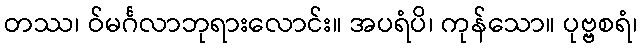
တဿ၊ ဝ်မင်္ဂလာဘုရားလောင်း။ အပရံပိ၊ ကုန်သော။ ပုဗ္ဗစရံ၊